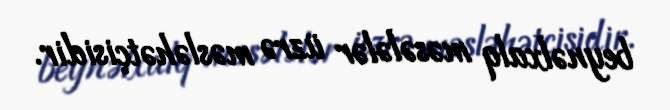
beynəlxalq məsələlər üzrə məsləhətçisidir.